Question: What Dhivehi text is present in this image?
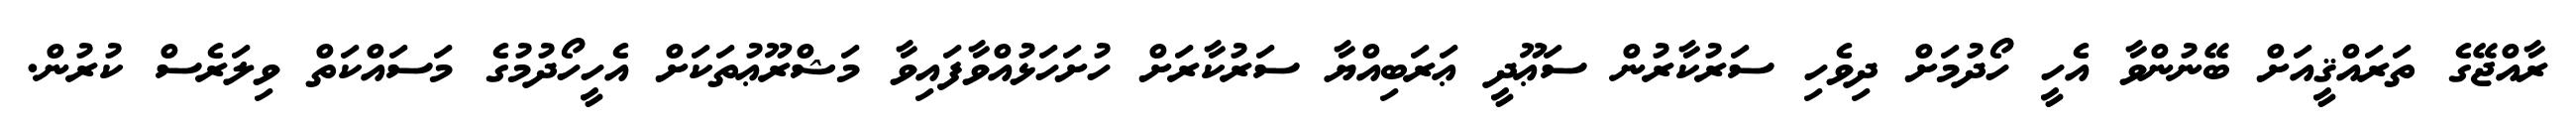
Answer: ރާއްޖޭގެ ތަރައްޤީއަށް ބޭނުންވާ އެހީ ހޯދުމަށް ދިވެހި ސަރުކާރުން ސަޢޫދީ ޢަރަބިއްޔާ ސަރުކާރަށް ހުށަހަޅުއްވާފައިވާ މަޝްރޫޢުތަކަށް އެހީހޯދުމުގެ މަސައްކަތް ވިލަރެސް ކުރުން.